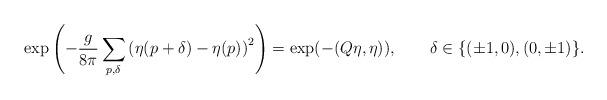
LaTeX: \begin{align*}\exp\left(-\frac{g}{8\pi}\sum_{p,\delta}\left(\eta(p+\delta)-\eta(p)\right)^2\right) =\exp(-(Q\eta,\eta)),\qquad \delta\in\{(\pm1,0),(0,\pm1)\}.\end{align*}